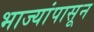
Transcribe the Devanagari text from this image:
भाज्यांपासून